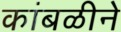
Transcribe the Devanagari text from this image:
कांबळीने